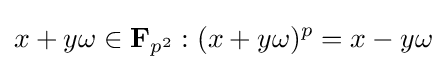
x+y\omega \in \mathbf {F} _{p^{2}}:(x+y\omega )^{p}=x-y\omega